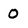
Character: 0